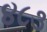
૪૮૩